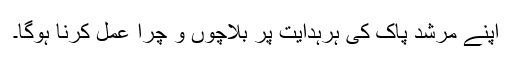
اپنے مرشد پاک کی ہرہدایت پر بلاچُوں و چرا عمل کرنا ہوگا۔